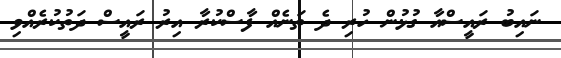
ނައިބު ރައީސްއާ ގުޅުން ހުރި ދެ ތަނެއް ފާސްކުރާ އިރު ރައީސް ދަތުކުރެއްވި